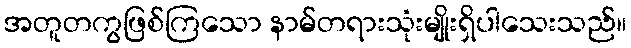
အတူတကွဖြစ်ကြသော နာမ်တရားသုံးမျိုးရှိပါသေးသည်။